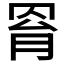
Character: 𦊰